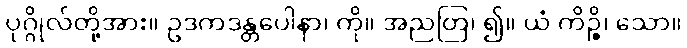
ပုဂ္ဂိုလ်တို့အား။ ဥဒကဒန္တပေါနာ၊ ကို။ အညတြ၊ ၍။ ယံ ကိဉ္စိ၊ သော။